Vaccination in Burma 1912-1922 - 1912-1922
Year: 1912
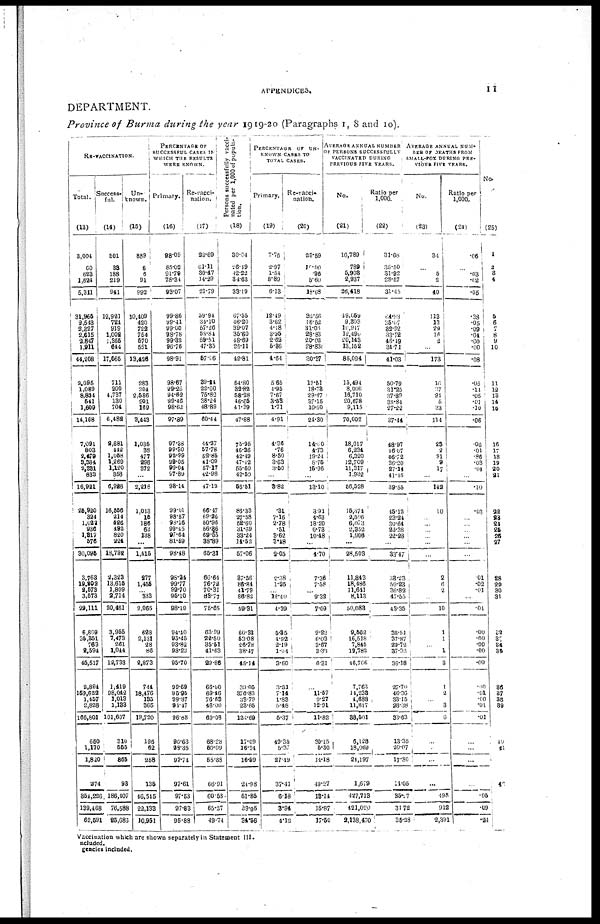
APPENDICES.
11.
DEPARTMENT.
Province of Burma during the year 1919-20 (Paragraphs 1, 8 and 10).
RE-VACCINATION.
Total.
(13)
3,004
60
623
1,624
5,311
31,965
2,543
2,327
2,615
2,847
1,911
44,208
2,095
1,089
8,834
541
1,609
14,168
7,091
803
9,479
3,384
2,331
833
16,921
26,920
324
1,022
936
1,817
576
30,095
3,768
19,202
2,573
3,573
29,111
6,809
35,851
763
2,594
46,517
2,894
169,622
1,457
2,828
166,801
650
1,170
1,820
274
854,226
139,468
62,591
Success-
ful.
(14)
501
39
188
219
941
12,921
724
919
1,002
1,355
644
17,565
711
200
4,737
130
704
6,482
2,681
442
1,058
1,269
1,120
358
6,928
16,556
214
426
492
820
224
18,732
2,323
13,615
1,809
2,714
20,461
3,955
7,473
261
1,044
12,733
1,419
98,042
1,013
1,133
101,607
310
555
865
93
186,407
76,588
25,686
Un-
known.
(15)
889
6
6
91
992
10,409
420
722
754
570
551
13,426
283
204
2,586
201
169
3,443
1,035
38
477
296
372
...
2,218
1,013
15
186
63
138
...
1,415
277
1,455
... 333
2,065
628
2,131
28
86
2,873
744
18,476
135
365
19,720
196
62
258
135
46,545
22,133
10,951
PERCENTAGE OF
SUCCESSFUL CASES IN
WHICH THE RESULTS
WERE KNOWN.
Primary.
(16)
98.09
85.02
91.79
78.34
93.07
99.86
99.41
99.00
98.78
99.32
96.76
98.91
98.67
99.26
94.62
99.46
98.62
97.89
97.38
99.30
92.89
99.05
99.04
97.89.
98.14
99.01
98.57
98.16
99.45
97.64
81.59
98.48
98.24
99.77
99.70
95.10
98.19
94.40
95.45
93.82
98.23
95.70
99.69
96.95
99.87
91.47
96.88
96.63
98.35
97.74
97.61
97.53
97.83
95.88
Re-vacci-
nation.
(17)
23.69
61.11
30.47
14.29
21.79
59.94
34.10
57.26
53.84
59.51
47.35
57.06
39.24
22.60
76.82
38.24
48.89
60.44
44.27
57.78
52.85
41.09
57.17
42.98
47.12
66.47
69.26
50.96
56.36
69.55
88.89
65.31
66.64
76.72
70.31
83.77
75.65
63.99
22.50
35.51
41.63
29.86
66.00
69.46
76.63
46.00
69.08
68.28
50.09
65.33
66.91
60.53
65.37
49.74
Persons successfully vacci-
nated per 1,000 of popula-
tion.
(18)
30.04
26.49
12.22
34.63
33.19
67.55
46.20
39.07
35.60
48.69
25.11
42.81
54.80
32.82
58.28
46.65
41.39
47.88
75.95
46.36
42.49
47.42
55.60
42.50
58.51
86.33
27.58
52.60
31.69
33.24
14.52
57.06
37.56
86.84
41.79
88.82
59.31
60.33
53.08
26.78
38.47
45.14
39.05
376.83
33.79
23.65
124.69
17.09
16.34
16.59
21.98
51.85
39.05
34.56
PERCENTAGE OF UN-
----- CASES TO
TOTAL CASES.
Primary.
(19)
7.76
2.97
1.54
8.89
6.13
12.49
3.62
4.18
3.95
2.62
5.86
4.64
5.65
1.95
7.67
3.53
1.71
4.91
4.36
.76
8.50
3.63
3.50
...
3.82
.31
7.16
2.78
.51
3.62
3.48
2.05
2.38
1.25
... 12.40
4.39
5.35
4.92
2.19
1.04
3.60
3.21
7.14
1.83
5.48
5.37
49.35
5.37
27.19
37.41
6.18
3.94
4.12
Re-vacci-
nation.
(20)
29.59
10.00
.96
5.60
18.68
32.56
16.52
31.03
28.83
20.02
28.83
30.37
12.51
18.78
29.27
37.15
10.50
24.30
14.00
4.73
19.24
8.75
15.96
...
13.10
3.91
4.63
18.20
6.73
10.48
...
4.70
7.36
7.58
...
9.32
7.09
9.22
6.03
3.67
3.36
6.31
...
11.57
9.27
12.91
11.82
30.15
5.30
14.18
49.27
18.14
15.87
17.50
AVERAGE ANNUAL NUMBER
OF PERSONS SUCCESSFULLY
VACCINATED DURING
PREVIOUS FIVE YEARS.
No.
(21)
10,789
789
5,903
2,937
26,418
49,659
9,303
10,917
12,490
20,143
13,152
85,094
15,494
8,006
16,710
20,678
9,115
70,002
18,017
6,234
6,320
12,709
11,317
1,932
56,528
15,374
2,506
6,073
2,352
1,906
...
28,503
11,843
18,486
11,611
8,113
50,083
9,562
16,518
7,845
12,782
46,706
7,763
14,238
4,688
11,817
38,501
6,128
18,069
24,197
1,679
427,713
421,020
2,138,470
Ratio per
1,000.
(22)
31.68
35.50
31.92
28.57
31.45
64. 93
35.07
32.92
33.72
46.49
34.71
41.03
50.79
31.25
37.89
38.84
27.22
37.44
48.97
46.07
56.72
36.20
27.14
41.15
39.55
45.12
23.24
30.64
23.38
22.28
...
33.47
38.23
59.23
36.82
47.55
43.35
38.51
37.87
29.72
37.32
36.18
27.70
46.36
33.15
28.38
33.63
13.35
20.07
17.80
11.05
35.27
31.72
35.38
AVERAGE ANNUAL NUM-
-ER OF DEATHS FROM
SMALL-POX DURING PRE-
VIOUS FIVE YEARS.
No.
(23)
34
...
5
2
40
113
13
29
16
2
......
173
16
.07
21
5
33
114
28
2
91
9
17
...
142
10
...
...
...
...
...
...
2
6 2
...
10
1
1
...
1
3
1
2
...
3
6
...
...
...
...
498
912
2,391
Ratio per
1,000.
(24)
.06
...
.03
.62
.05
.38
.05
.09
.04
.60
.00
.08
.05
.11
.05
.01
.10
.06
.06
.01
.86
.03
.04
...
.10
.03
...
...
...
...
...
...
01
.02
.01
...
.01
.00
.00 .00
.00
.00
.00
.01
.00
.01
.01
...
...
...
...
.05
.09
.24
No.
(25)
1
2
3
4
5
6
7
8
9
10
11
12
13
14
15
16
17
18
19
20
21
22
23
24
25
26
27
28
29
30
31
32
33
34
35
36
37
38
39
40
41
4
Vaccination which are shown separately in Statement III.
included.
agencies included.